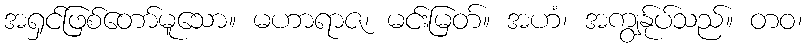
အရှင်ဖြစ်တော်မူသော။ မဟာရာဇ၊ မင်းမြတ်။ အဟံ၊ အကျွန်ုပ်သည်။ တဝ၊